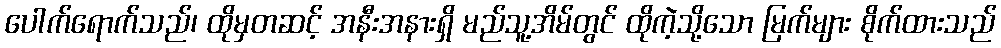
ပေါက်ရောက်သည်၊ ထိုမှတဆင့် အနီးအနားရှိ မည်သူ့အိမ်တွင် ထိုကဲ့သို့သော မြက်များ စိုက်ထားသည်